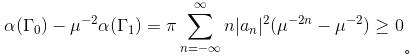
$\alpha(\Gamma_0)-\mu^{-2}\alpha(\Gamma_1)=\pi\sum_{n = -\infty}^{\infty}n|a_n|^2(\mu^{-2n}-\mu^{-2})\geq0$